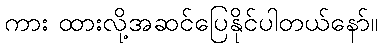
ကား ထားလို့အဆင်ပြေနိုင်ပါတယ်နော်။